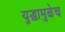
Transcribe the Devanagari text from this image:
युद्धामुळेच